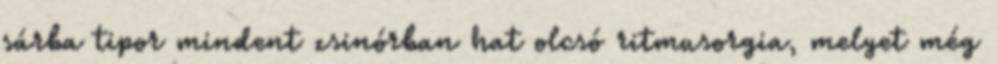
sárba tipor mindent zsinórban hat olcsó ritmusorgia, melyet még